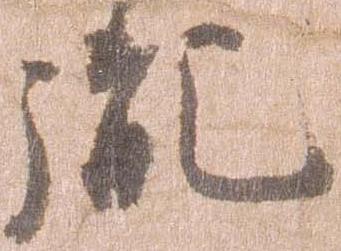
胤